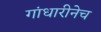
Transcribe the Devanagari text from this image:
गांधारीनेच